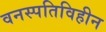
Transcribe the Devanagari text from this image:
वनस्पतिविहीन